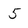
Character: 5